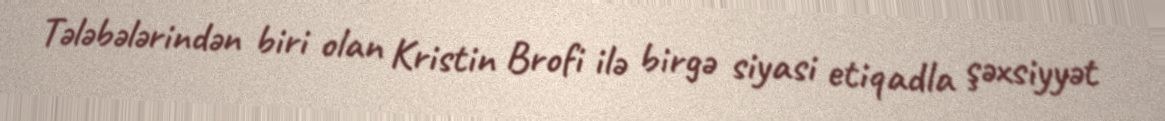
Tələbələrindən biri olan Kristin Brofi ilə birgə siyasi etiqadla şəxsiyyət